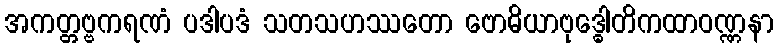
အကတ္တဗ္ဗကရဏံ ပဒါပဒံ သတသဟဿတော ဗောဓိယာဗုဒ္ဓေါတိကထာဝဏ္ဏနာ